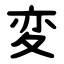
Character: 変